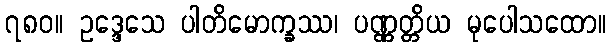
၇၈၀။ ဥဒ္ဒေသေ ပါတိမောက္ခဿ၊ ပဏ္ဏတ္တိယ မုပေါသထော။